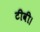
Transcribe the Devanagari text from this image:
टीवी।